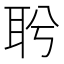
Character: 𦕎